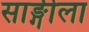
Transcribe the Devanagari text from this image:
साङ्गीला